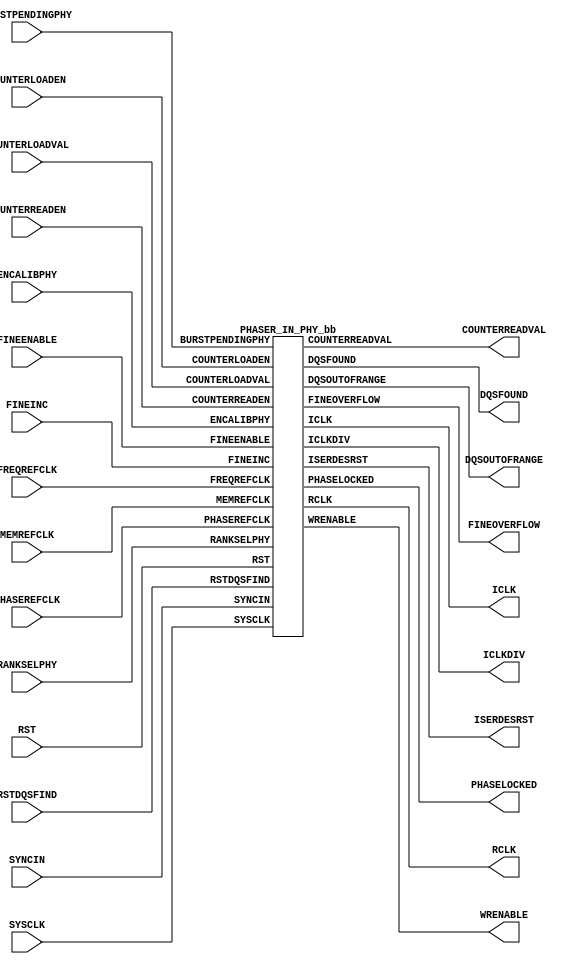
///////////////////////////////////////////////////////
//  Copyright (c) 1995/2015 Xilinx, Inc.
//  All Right Reserved.
///////////////////////////////////////////////////////
//
//   ____   ___
//  /   /\/   / 
// /___/  \  /     Vendor      : Xilinx 
// \  \    \/      Version : 2015.4
//  \  \           Description : Xilinx Formal Library Component
//  /  /                         7SERIES PHASER IN
// /__/   /\       Filename    : PHASER_IN_PHY.v
// \  \  /  \ 
//  \__\/\__ \                    
//                                 
/////////////////////////////////////////////////////////
//  Revision: Comment:
//  22APR2010 Initial UNI/UNP/SIM version from yaml
//    10/31/14 - Added inverter functionality for IS_*_INVERTED parameter (CR 828995).
// End Revision
/////////////////////////////////////////////////////////

`timescale 1 ps / 1 ps 

`celldefine

module PHASER_IN_PHY (
  COUNTERREADVAL,
  DQSFOUND,
  DQSOUTOFRANGE,
  FINEOVERFLOW,
  ICLK,
  ICLKDIV,
  ISERDESRST,
  PHASELOCKED,
  RCLK,
  WRENABLE,

  BURSTPENDINGPHY,
  COUNTERLOADEN,
  COUNTERLOADVAL,
  COUNTERREADEN,
  ENCALIBPHY,
  FINEENABLE,
  FINEINC,
  FREQREFCLK,
  MEMREFCLK,
  PHASEREFCLK,
  RANKSELPHY,
  RST,
  RSTDQSFIND,
  SYNCIN,
  SYSCLK
);

`ifdef XIL_TIMING
  parameter LOC = "UNPLACED";
`endif

  parameter BURST_MODE = "FALSE";
  parameter integer CLKOUT_DIV = 4;
  parameter [0:0] DQS_AUTO_RECAL = 1'b1;
  parameter DQS_BIAS_MODE = "FALSE"; 
  parameter [2:0] DQS_FIND_PATTERN = 3'b001;
  parameter integer FINE_DELAY = 0;
  parameter FREQ_REF_DIV = "NONE";
  parameter [0:0] IS_RST_INVERTED = 1'b0;
  parameter real MEMREFCLK_PERIOD = 0.000;
  parameter OUTPUT_CLK_SRC = "PHASE_REF";
  parameter real PHASEREFCLK_PERIOD = 0.000;
  parameter real REFCLK_PERIOD = 0.000;
  parameter integer SEL_CLK_OFFSET = 5;
  parameter SYNC_IN_DIV_RST = "FALSE";
  parameter WR_CYCLES = "FALSE";
  

  output DQSFOUND;
  output DQSOUTOFRANGE;
  output FINEOVERFLOW;
  output ICLK;
  output ICLKDIV;
  output ISERDESRST;
  output PHASELOCKED;
  output RCLK;
  output WRENABLE;
  output [5:0] COUNTERREADVAL;

  input BURSTPENDINGPHY;
  input COUNTERLOADEN;
  input COUNTERREADEN;
  input FINEENABLE;
  input FINEINC;
  input FREQREFCLK;
  input MEMREFCLK;
  input PHASEREFCLK;
  input RST;
  input RSTDQSFIND;
  input SYNCIN;
  input SYSCLK;
  input [1:0] ENCALIBPHY;
  input [1:0] RANKSELPHY;
  input [5:0] COUNTERLOADVAL;

  wire RST_in;
   
  assign RST_in = RST ^ IS_RST_INVERTED;
   
  PHASER_IN_PHY_bb inst_bb (
               .COUNTERREADVAL(COUNTERREADVAL),
               .DQSFOUND(DQSFOUND),
               .DQSOUTOFRANGE(DQSOUTOFRANGE),
               .FINEOVERFLOW(FINEOVERFLOW),
               .ICLK(ICLK),
               .ICLKDIV(ICLKDIV),
               .ISERDESRST(ISERDESRST),
               .PHASELOCKED(PHASELOCKED),
               .RCLK(RCLK),
               .WRENABLE(WRENABLE),
               .BURSTPENDINGPHY(BURSTPENDINGPHY),
               .COUNTERLOADEN(COUNTERLOADEN),
               .COUNTERLOADVAL(COUNTERLOADVAL),
               .COUNTERREADEN(COUNTERREADEN),
               .ENCALIBPHY(ENCALIBPHY),
               .FINEENABLE(FINEENABLE),
               .FINEINC(FINEINC),
               .FREQREFCLK(FREQREFCLK),
               .MEMREFCLK(MEMREFCLK),
               .PHASEREFCLK(PHASEREFCLK),
               .RANKSELPHY(RANKSELPHY),
               .RST(RST_in),
               .RSTDQSFIND(RSTDQSFIND),
               .SYNCIN(SYNCIN),
               .SYSCLK(SYSCLK)
               );

endmodule

module PHASER_IN_PHY_bb (
  output DQSFOUND,
  output DQSOUTOFRANGE,
  output FINEOVERFLOW,
  output ICLK,
  output ICLKDIV,
  output ISERDESRST,
  output PHASELOCKED,
  output RCLK,
  output WRENABLE,
  output [5:0] COUNTERREADVAL,

  input BURSTPENDINGPHY,
  input COUNTERLOADEN,
  input COUNTERREADEN,
  input FINEENABLE,
  input FINEINC,
  input FREQREFCLK,
  input MEMREFCLK,
  input PHASEREFCLK,
  input RST,
  input RSTDQSFIND,
  input SYNCIN,
  input SYSCLK,
  input [1:0] ENCALIBPHY,
  input [1:0] RANKSELPHY,
  input [5:0] COUNTERLOADVAL
);

endmodule

`endcelldefine